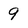
Character: 9